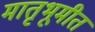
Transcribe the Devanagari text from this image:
मातृभूमीत